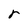
Character: r